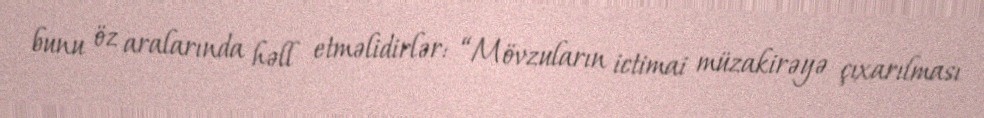
bunu öz aralarında həll etməlidirlər: “Mövzuların ictimai müzakirəyə çıxarılması